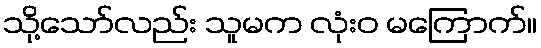
သို့သော်လည်း သူမက လုံးဝ မကြောက်။